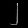
Digit: ၂